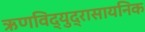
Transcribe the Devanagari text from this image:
ऋणविद्युद्रासायनिक